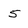
Character: 5